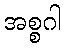
အစ္စဂါ